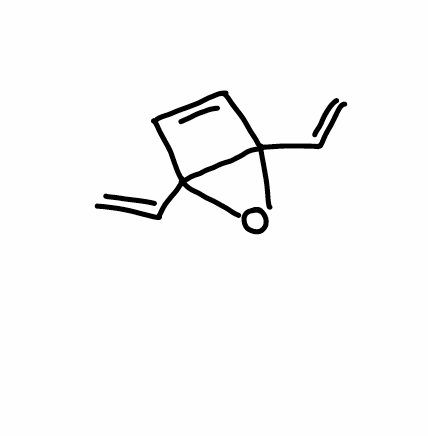
Simplified molecular-input line-entry system (SMILES) notation of the given molecule:
C=CC12C=CC1(O2)C=C